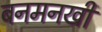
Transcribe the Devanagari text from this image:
बनमनखी